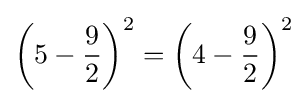
\left(5-{\frac {9}{2}}\right)^{2}=\left(4-{\frac {9}{2}}\right)^{2}